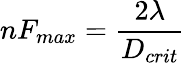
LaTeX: nF_{max}={\frac{2\lambda}{D_{crit}}}\,